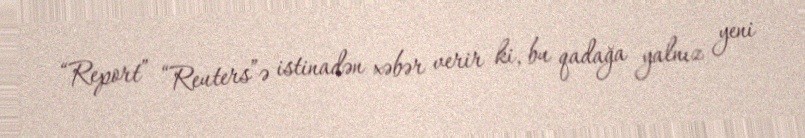
“Report” “Reuters”ə istinadən xəbər verir ki, bu qadağa yalnız yeni